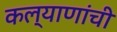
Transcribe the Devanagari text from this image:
कल्याणांची